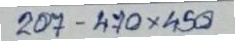
207 - 470x450